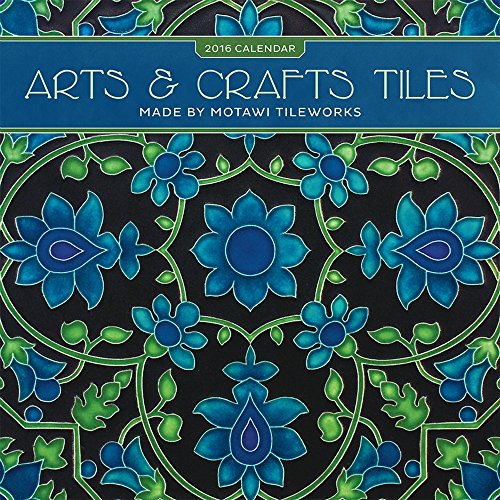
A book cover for Arts & Crafts Tiles 2016 Calendar; Motawi Tileworks; Calendars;